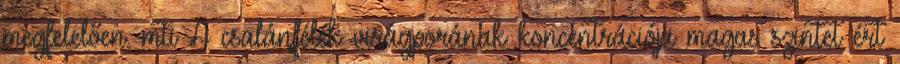
megfelelően. mti A csalánfélék virágporának koncentrációja magas szintet ért